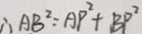
\therefore A B ^ { 2 } = A P ^ { 2 } + B P ^ { 2 }